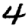
Digit: 4